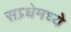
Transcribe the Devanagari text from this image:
सप्र्धेमध्ये